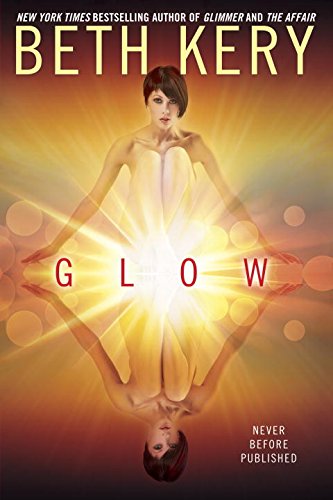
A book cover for Glow; Beth Kery; Romance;